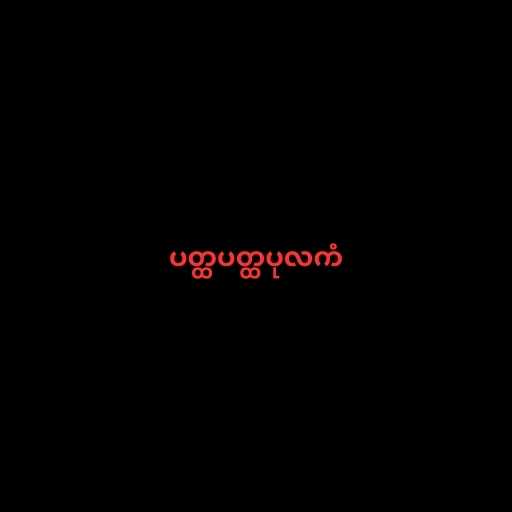
ပတ္ထပတ္ထပုလကံ